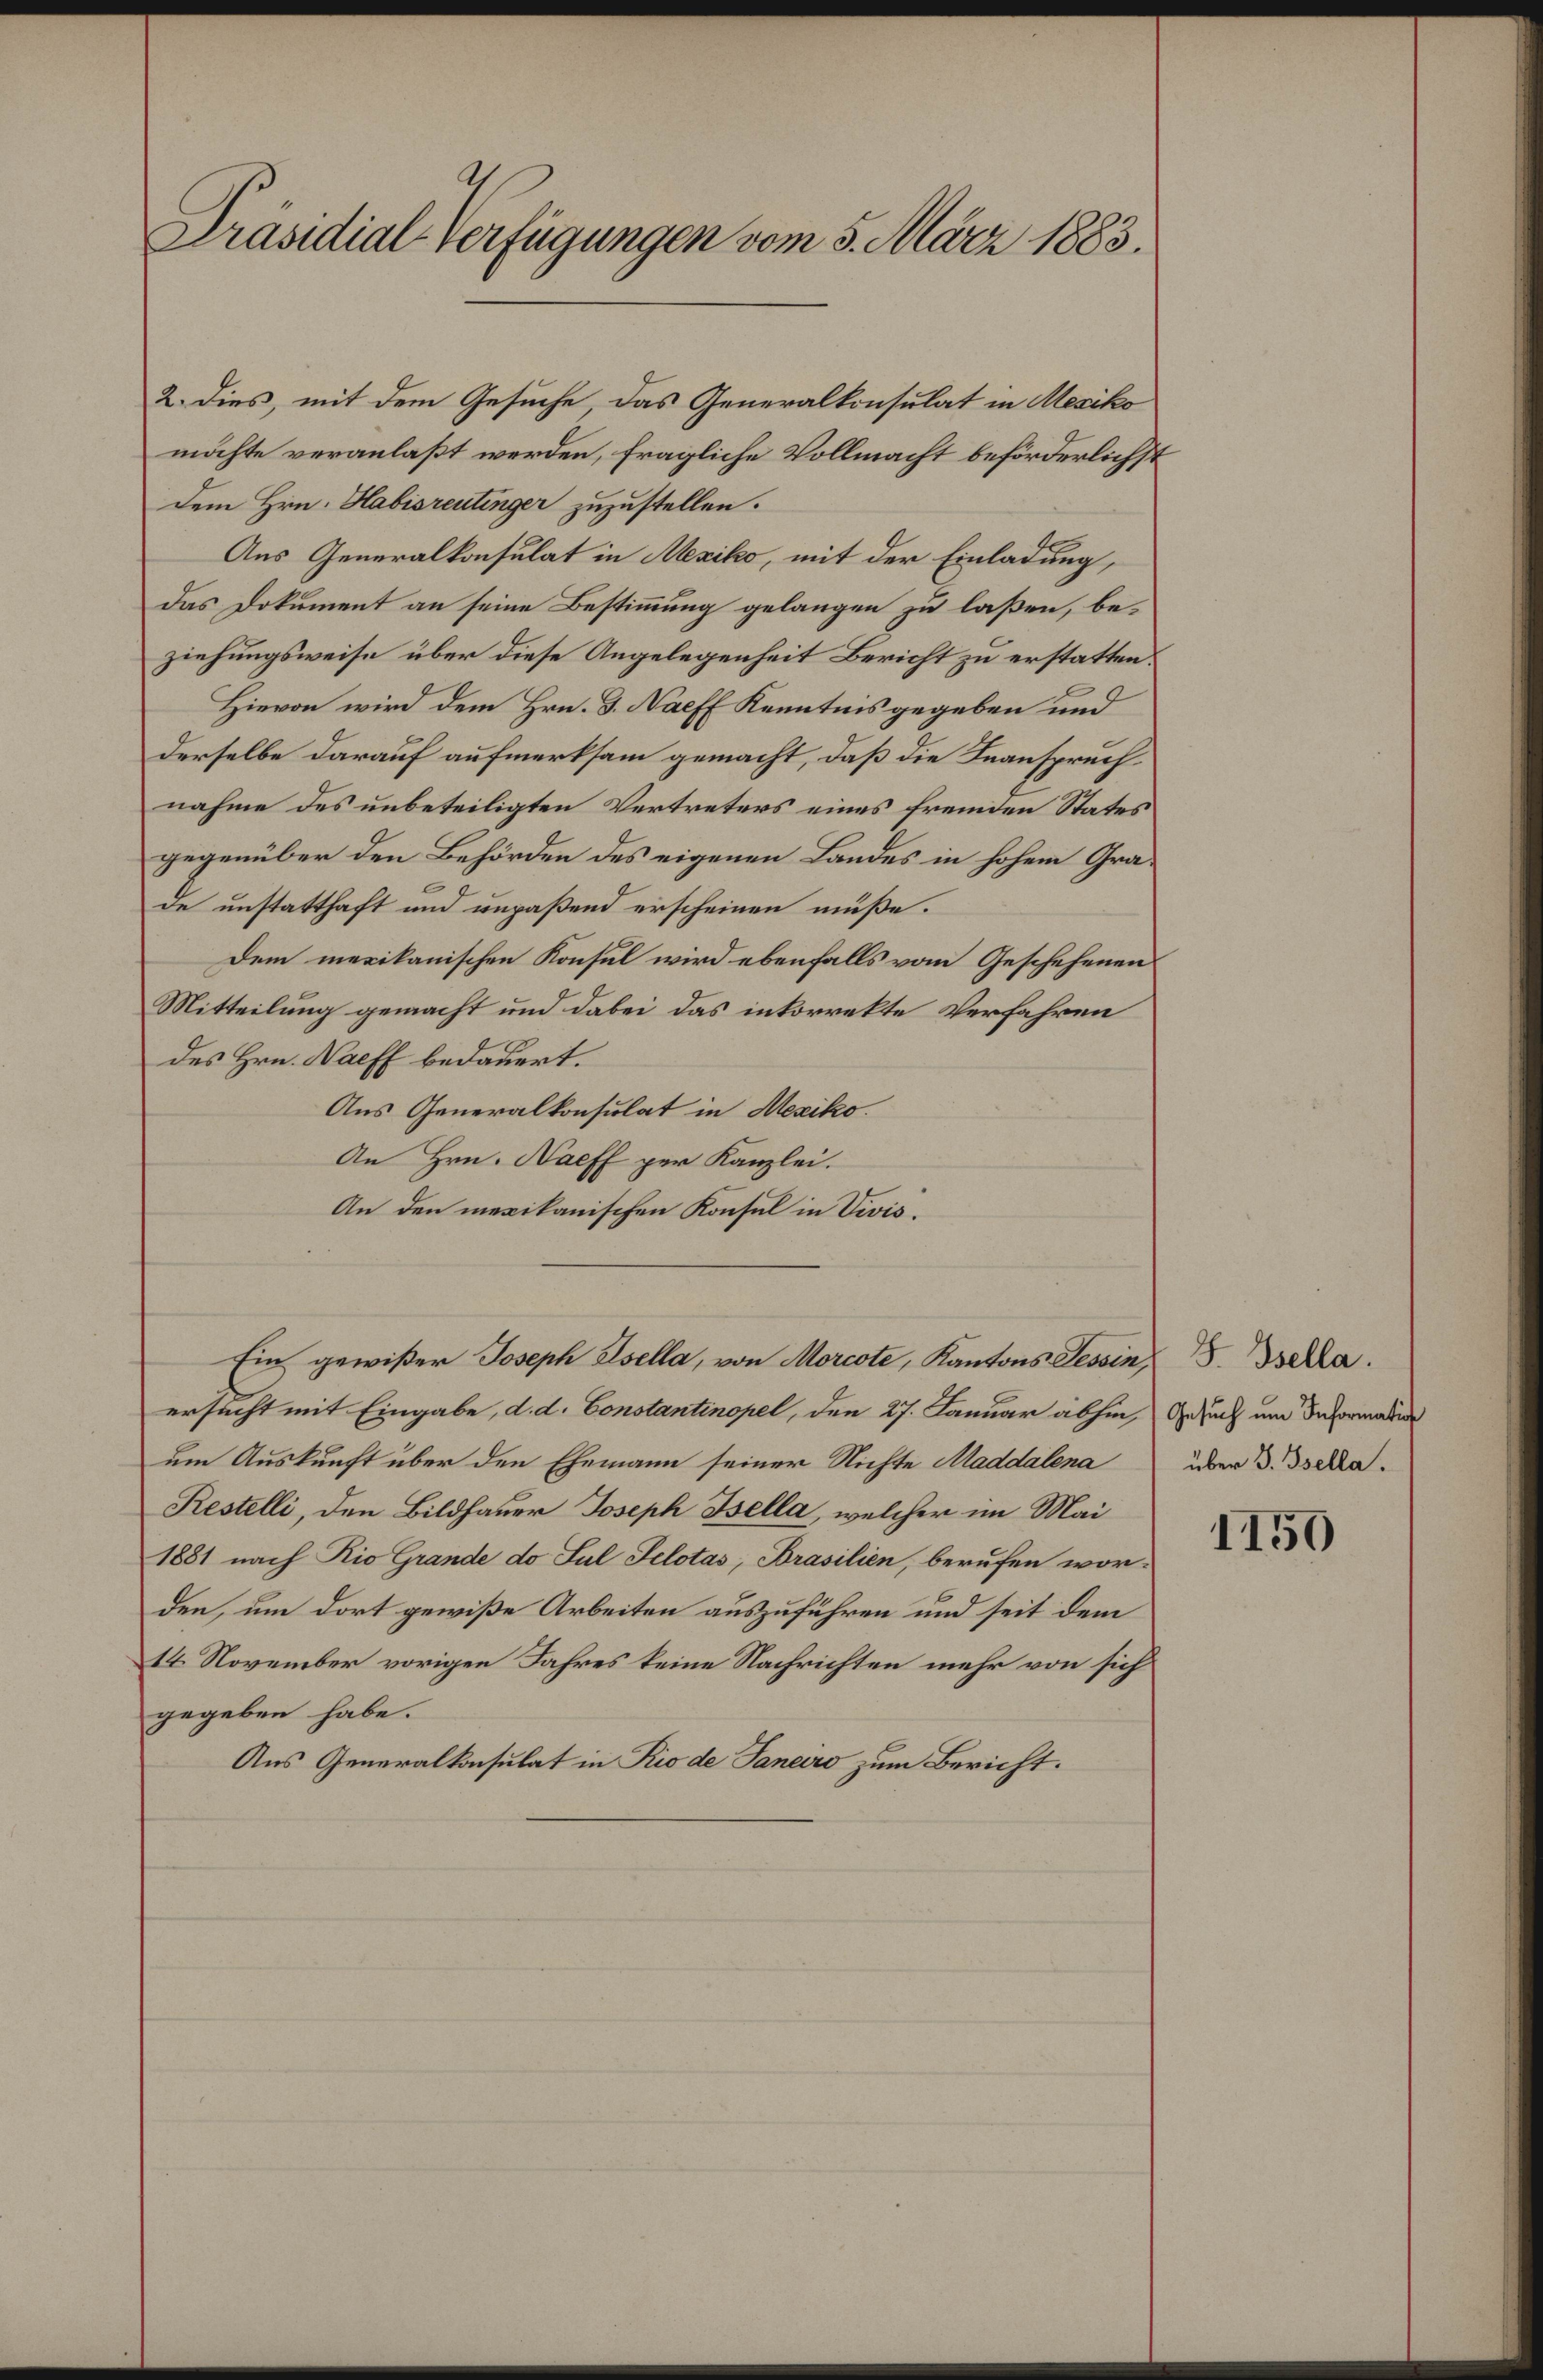
Präsidial-Verfügungen vom 5. März 1883.

2. Dies, mit dem Gesuche das Generalkonsulat in Mesiko
möchte veranlaßt werden, fragliche Vollmacht beförderlichst
dem Hrn. Habisrentinger zuzustellen.
Aus Generalkonsulat in Mexiko, mit der Einladung,
das Dokument an seine Bestimmung gelangen zu laßen, beziehungsweise über diese Angelegenheit Bericht zu erstatten.
Hievon wird dem Hrn. J. Nacff Kenntnis gegeben und
derselbe darauf aufmerksam gemacht, daß die Beanspruch
nahme des unbeteiligten Vertreters eines fremden States
gegenüber den Behörden des eigenen Landes in hohem Grade unstatthaft und unpaßend erscheinen müße.
Dem mexikanischen Konsul wird ebenfalls vom Geschehenen
Mitteilung gemacht und dabei das inkorrekte Verfahren
des Hrn. Naeff bedauert.
Aus Generalkonsulat in Mexiko.
An Hrn. Nacff per Kanzlei.
An den mexikanischen Konsul in Vivis.
Ein gewißer Joseph Esella, von Morcote, Kantons Tessin. Bekla
ersucht mit Eingabe, d. d. Constantinopel, den 27. Januar abhin, Gesuch und Informali
um Auskunft über den Ehemann seiner Nichte Maddalena über d. Jseka
Restelli, den Bildhauer Joseph Bella, welcher im Mai
1881 nach Rio Grande do sul Selotas, Brasilien, berufen worden, um dort gewiße Arbeiten auszuführen und seit dem
14. November vorigen Jahres keine Nachrichten mehr von sich
gegeben habe.
Aus Generalkonsulat in Rio de Janeiro zum Bericht.

1150